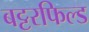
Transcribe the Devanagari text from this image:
बट्टरफिल्ड